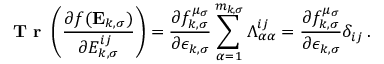
\textbf { T r } \left( \frac { \partial f ( \mathbf { E } _ { k , \sigma } ) } { \partial { E } _ { k , \sigma } ^ { i j } } \right) = \frac { \partial f _ { k , \sigma } ^ { \mu _ { \sigma } } } { \partial \epsilon _ { k , \sigma } } \sum _ { \alpha = 1 } ^ { m _ { k , \sigma } } \Lambda _ { \alpha \alpha } ^ { i j } = \frac { \partial f _ { k , \sigma } ^ { \mu _ { \sigma } } } { \partial \epsilon _ { k , \sigma } } \delta _ { i j } \, .